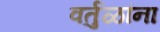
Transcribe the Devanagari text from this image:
वर्तुळांना